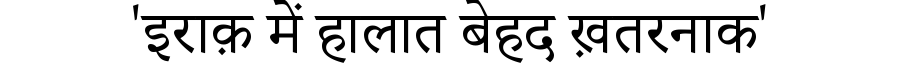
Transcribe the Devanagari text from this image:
'इराक़ में हालात बेहद ख़तरनाक'